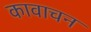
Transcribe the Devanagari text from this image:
कावाचन